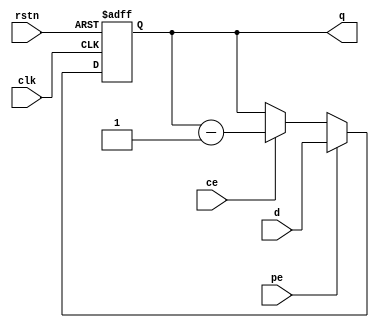
module counter #(
parameter WIDTH = 16, 
RST_VLU = 0//reset_value
)(
input clk, rstn, pe, ce, 
input [WIDTH-1:0] d,
output reg [WIDTH-1:0] q
);
/*
@params:
 d, q
 pe
 ce
 clk, rstn, 
*/
always @(posedge clk, negedge
rstn) begin
if (!rstn) q <= RST_VLU;
else if (pe) q <= d;
else if (ce) q <= q - 1;
end
endmodule